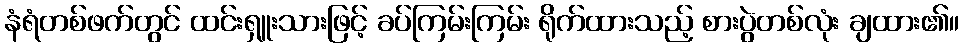
နံရံတစ်ဖက်တွင် ထင်းရှူးသားဖြင့် ခပ်ကြမ်းကြမ်း ရိုက်ထားသည့် စားပွဲတစ်လုံး ချထား၏။